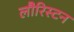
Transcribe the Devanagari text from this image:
लौरिस्टन